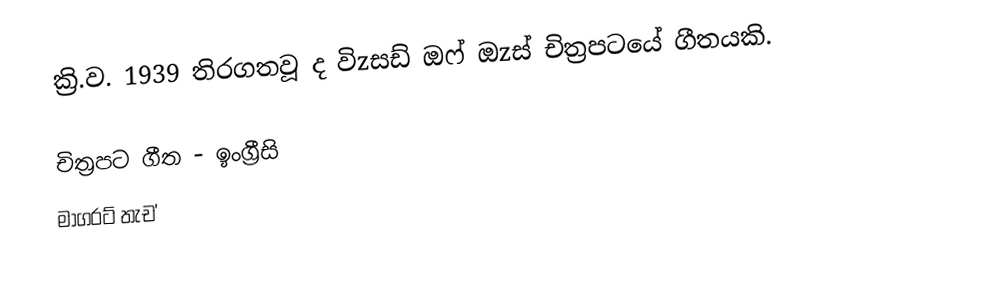
ක්‍රි.ව. 1939 තිරගතවූ ද විzසඩ් ඔෆ් ඔzස් චිත්‍රපටයේ ගීතයකි.

චිත්‍රපට ගීත - ඉංග්‍රීසි
මාගරට් තැච'